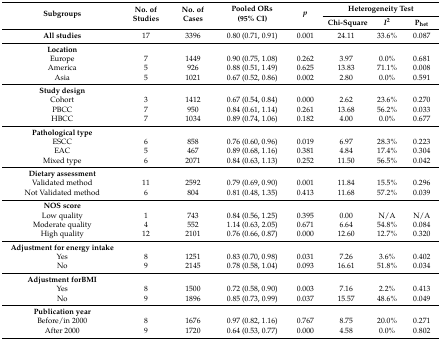
<table><thead><tr><td rowspan="2"><b>Subgroups</b></td><td rowspan="2"><b>No. of Studies</b></td><td rowspan="2"><b>No. of Cases</b></td><td rowspan="2"><b>Pooled ORs (95% CI)</b></td><td rowspan="2"><b><i>p</i></b></td><td colspan="3"><b>Heterogeneity Test</b></td></tr><tr><td><b>Chi-Square</b></td><td><b><i>I</i><sup>2</sup></b></td><td><b>P<sub>het</sub></b></td></tr></thead><tbody><tr><td><b>All studies</b></td><td>17</td><td>3396</td><td>0.80 (0.71, 0.91)</td><td>0.001</td><td>24.11</td><td>33.6%</td><td>0.087</td></tr><tr><td><b>Location</b></td><td colspan="7"></td></tr><tr><td>Europe</td><td>7</td><td>1449</td><td>0.90 (0.75, 1.08)</td><td>0.262</td><td>3.97</td><td>0.0%</td><td>0.681</td></tr><tr><td>America</td><td>5</td><td>926</td><td>0.88 (0.51, 1.49)</td><td>0.625</td><td>13.83</td><td>71.1%</td><td>0.008</td></tr><tr><td>Asia</td><td>5</td><td>1021</td><td>0.67 (0.52, 0.86)</td><td>0.002</td><td>2.80</td><td>0.0%</td><td>0.591</td></tr><tr><td><b>Study design</b></td><td colspan="7"></td></tr><tr><td>Cohort</td><td>3</td><td>1412</td><td>0.67 (0.54, 0.84)</td><td>0.000</td><td>2.62</td><td>23.6%</td><td>0.270</td></tr><tr><td>PBCC</td><td>7</td><td>950</td><td>0.84 (0.61, 1.14)</td><td>0.261</td><td>13.68</td><td>56.2%</td><td>0.033</td></tr><tr><td>HBCC</td><td>7</td><td>1034</td><td>0.89 (0.74, 1.06)</td><td>0.182</td><td>4.00</td><td>0.0%</td><td>0.677</td></tr><tr><td><b>Pathological type</b></td><td colspan="7"></td></tr><tr><td>ESCC</td><td>6</td><td>858</td><td>0.76 (0.60, 0.96)</td><td>0.019</td><td>6.97</td><td>28.3%</td><td>0.223</td></tr><tr><td>EAC</td><td>5</td><td>467</td><td>0.89 (0.68, 1.16)</td><td>0.381</td><td>4.84</td><td>17.4%</td><td>0.304</td></tr><tr><td>Mixed type</td><td>6</td><td>2071</td><td>0.84 (0.63, 1.13)</td><td>0.252</td><td>11.50</td><td>56.5%</td><td>0.042</td></tr><tr><td><b>Dietary assessment</b></td><td colspan="7"></td></tr><tr><td>Validated method</td><td>11</td><td>2592</td><td>0.79 (0.69, 0.90)</td><td>0.001</td><td>11.84</td><td>15.5%</td><td>0.296</td></tr><tr><td>Not Validated method</td><td>6</td><td>804</td><td>0.81 (0.48, 1.35)</td><td>0.413</td><td>11.68</td><td>57.2%</td><td>0.039</td></tr><tr><td><b>NOS score</b></td><td></td><td></td><td></td><td></td><td></td><td></td><td></td></tr><tr><td>Low quality</td><td>1</td><td>743</td><td>0.84 (0.56, 1.25)</td><td>0.395</td><td>0.00</td><td>N/A</td><td>N/A</td></tr><tr><td>Moderate quality</td><td>4</td><td>552</td><td>1.14 (0.63, 2.05)</td><td>0.671</td><td>6.64</td><td>54.8%</td><td>0.084</td></tr><tr><td>High quality</td><td>12</td><td>2101</td><td>0.76 (0.66, 0.87)</td><td>0.000</td><td>12.60</td><td>12.7%</td><td>0.320</td></tr><tr><td><b>Adjustment for energy intake</b></td><td colspan="7"></td></tr><tr><td>Yes</td><td>8</td><td>1251</td><td>0.83 (0.70, 0.98)</td><td>0.031</td><td>7.26</td><td>3.6%</td><td>0.402</td></tr><tr><td>No</td><td>9</td><td>2145</td><td>0.78 (0.58, 1.04)</td><td>0.093</td><td>16.61</td><td>51.8%</td><td>0.034</td></tr><tr><td><b>Adjustment for</b><b>BMI</b></td><td></td><td></td><td></td><td></td><td></td><td></td><td></td></tr><tr><td>Yes</td><td>8</td><td>1500</td><td>0.72 (0.58, 0.90)</td><td>0.003</td><td>7.16</td><td>2.2%</td><td>0.413</td></tr><tr><td>No</td><td>9</td><td>1896</td><td>0.85 (0.73, 0.99)</td><td>0.037</td><td>15.57</td><td>48.6%</td><td>0.049</td></tr><tr><td><b>Publication year</b></td><td></td><td></td><td></td><td></td><td></td><td></td><td></td></tr><tr><td>Before/in 2000</td><td>8</td><td>1676</td><td>0.97 (0.82, 1.16)</td><td>0.767</td><td>8.75</td><td>20.0%</td><td>0.271</td></tr><tr><td>After 2000</td><td>9</td><td>1720</td><td>0.64 (0.53, 0.77)</td><td>0.000</td><td>4.58</td><td>0.0%</td><td>0.802</td></tr></tbody></table>